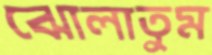
ঝোলাতুম